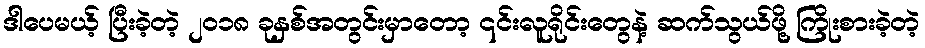
ဒါပေမယ့် ပြီးခဲ့တဲ့ ၂၀၁၈ ခုနှစ်အတွင်းမှာတော့ ၎င်းလူရိုင်းတွေနဲ့ ဆက်သွယ်ဖို့ ကြိုးစားခဲ့တဲ့